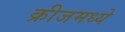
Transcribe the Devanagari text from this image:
क्रीजमध्ये